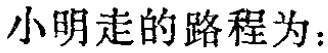
小明走的路程为：